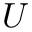
\boldsymbol { U }